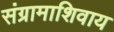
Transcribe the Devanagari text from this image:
संग्रामाशिवाय